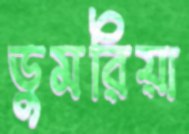
ডুমরিয়া